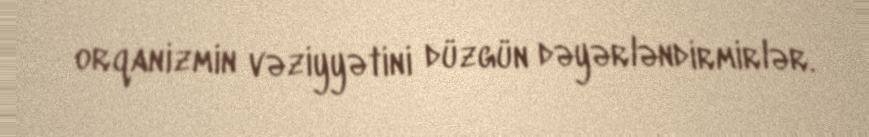
orqanizmin vəziyyətini düzgün dəyərləndirmirlər.